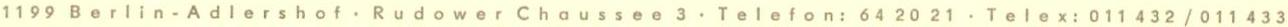
1199 Berlin-Adlershof . Rudower Chaussee 3 . Telefon: 64 20 21 . Telex: 011 432 / 011 433